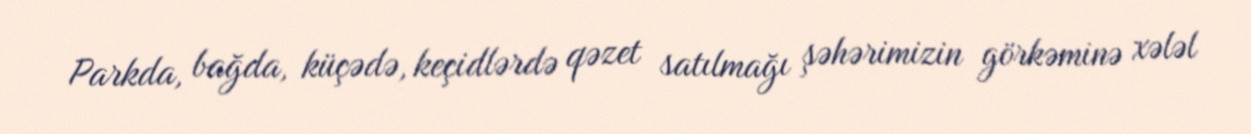
Parkda, bağda, küçədə, keçidlərdə qəzet satılmağı şəhərimizin görkəminə xələl